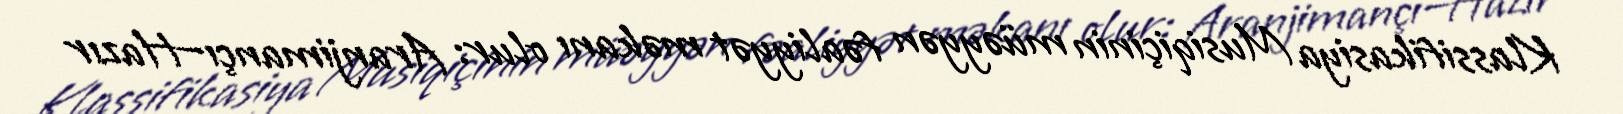
Klassifikasiya Musiqiçinin müəyyən fəaliyyət məkanı olur: Aranjimançı—Hazır